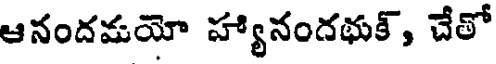
ఆనందమయో హ్యానందభుక్, చేతో